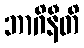
ဘာဂိနီတိ